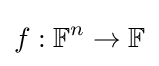
f:\mathbb {F} ^{n}\to \mathbb {F}